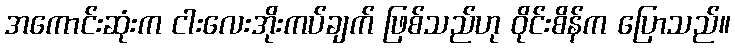
အကောင်းဆုံးက ငါးလေးအိုးကပ်ချက် ဖြစ်သည်ဟု ဝိုင်းစိန်က ပြောသည်။